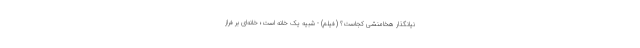
نیانگذار هخامنشی کجاست؟ (فیلم) - شبیه یک خانه است؛ خانه‌ای بر فراز